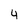
Character: 4